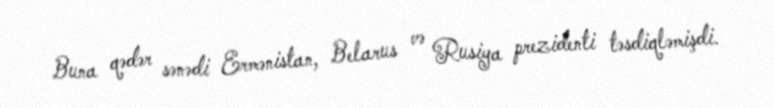
Buna qədər sənədi Ermənistan, Belarus və Rusiya prezidenti təsdiqləmişdi.